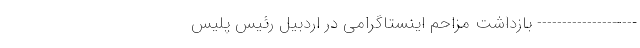
-------------------- بازداشت مزاحم اینستاگرامی در اردبیل رئیس پلیس